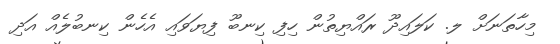
މިހާތަަނަށް ލ. ކަލައިދޫ ރައްޔިތުން ހިފި ކިނބޫ ފިޔަވައި އެހެން ކިނބުލެއް އަދި